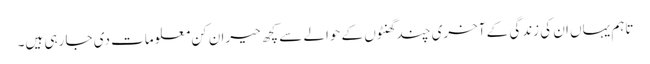
تاہم یہاں ان کی زندگی کے آخری چند گھنٹوں کے حوالے سے کچھ حیران کن معلومات دی جا رہی ہیں۔